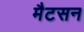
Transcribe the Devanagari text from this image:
मैटसन